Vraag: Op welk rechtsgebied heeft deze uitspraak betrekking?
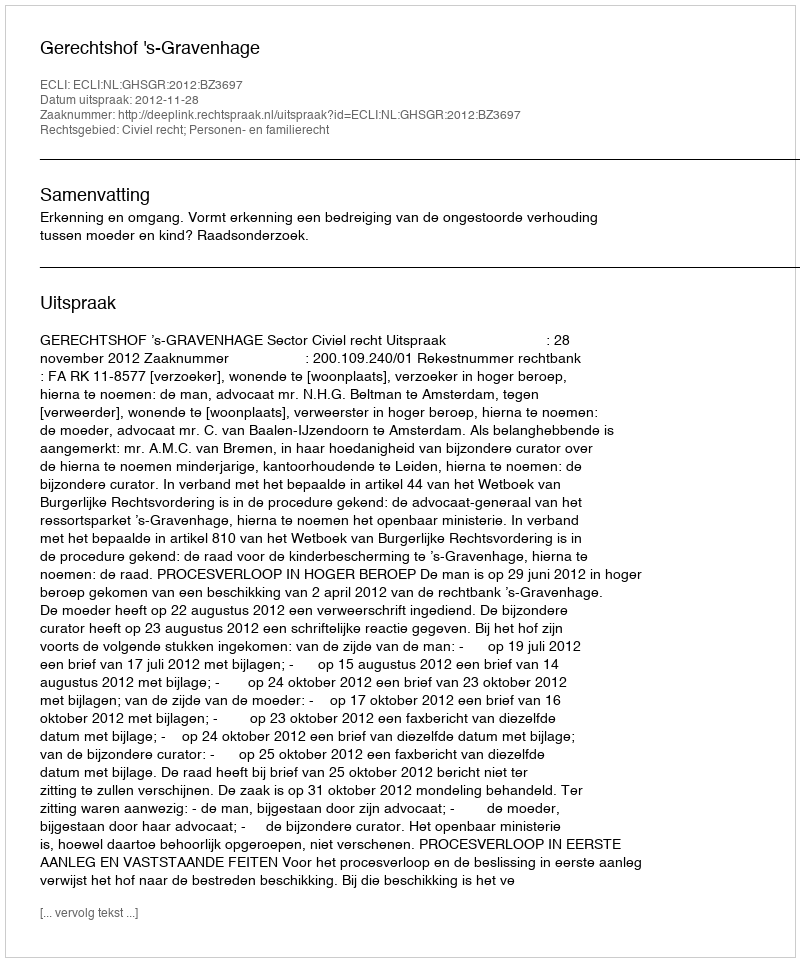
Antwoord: Civiel recht; Personen- en familierecht